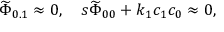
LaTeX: { \widetilde \Phi } _ { 0 . 1 } \approx 0 , \quad s { \widetilde \Phi } _ { 0 0 } + k _ { 1 } c _ { 1 } c _ { 0 } \approx 0 ,